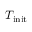
T _ { \mathrm { i n i t } }